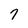
Character: 7